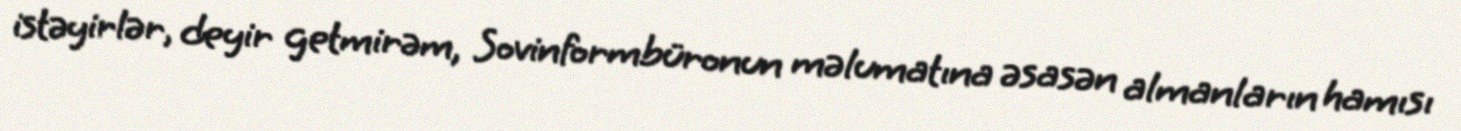
istəyirlər, deyir getmirəm, Sovinformbüronun məlumatına əsasən almanların hamısı